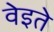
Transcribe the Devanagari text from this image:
वेइते